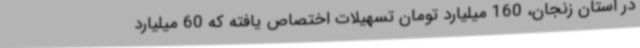
در استان زنجان، 160 میلیارد تومان تسهیلات اختصاص یافته که 60 میلیارد